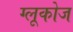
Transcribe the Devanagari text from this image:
ग्‍लूकोज